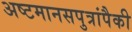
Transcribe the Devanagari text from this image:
अष्टमानसपुत्रांपैकी